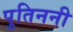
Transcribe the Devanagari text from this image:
पुतिननी